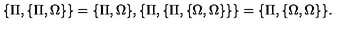
\{ \Pi , \{ \Pi , \Omega \} \} = \{ \Pi , \Omega \} , \{ \Pi , \{ \Pi , \{ \Omega , \Omega \} \} \} = \{ \Pi , \{ \Omega , \Omega \} \} .